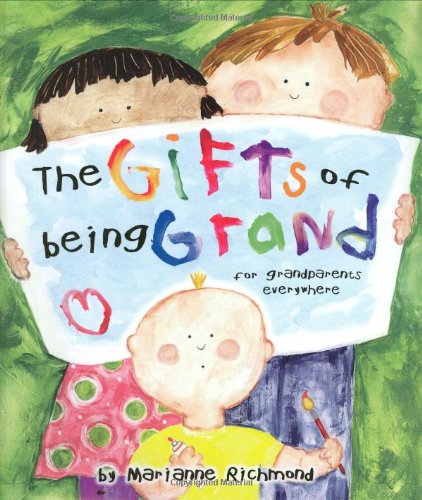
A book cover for The Gifts of Being Grand: For Grandparents Everywhere (Marianne Richmond); Marianne Richmond; Parenting & Relationships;